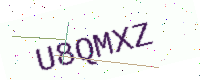
Text: U8QMXZ